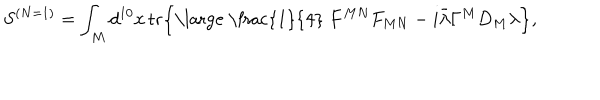
LaTeX: S ^ { ( N = 1 ) } = \int _ { M } d ^ { 1 0 } x \, \mathrm { t r } \Bigr \{ \mathrm { \large ~ \frac { 1 } { 4 } ~ } F ^ { M N } F _ { M N } - i \bar { \lambda } \Gamma ^ { M } D _ { M } \lambda \Bigr \} ,